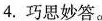
4.巧思妙答。